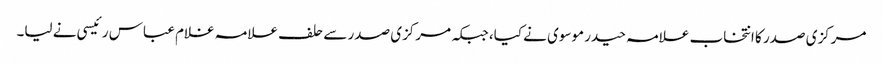
مرکزی صدر کا انتخاب علامہ حیدر موسوی نے کیا، جبکہ مرکزی صدر سے حلف علامہ غلام عباس رئیسی نے لیا۔